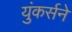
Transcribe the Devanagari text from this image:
युंकर्सने